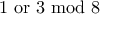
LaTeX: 1 { \mathrm { ~ o r ~ } } 3 { \mathrm { ~ m o d ~ } } 8